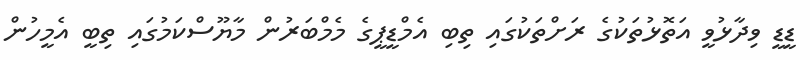
ޑީޑީ ވިދާޅުވީ އަތޮޅުތަކުގެ ރަށްތަކުގައި ތިބި އެމްޑީޕީގެ މެމްބަރުން މާޔޫސްކަމުގައި ތިބީ އެމީހުން